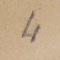
4